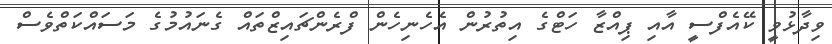
ވިދާޅުވީ ކޭއެފްސީ އާއި ޕިއްޒާ ހަޓްގެ އިތުރުން އެހެނިހެން ފްރެންޗައިޒްތައް ގެނައުމުގެ މަސައްކަތްވެސް